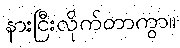
နားငြီးလိုက်တာကွာ။